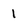
Character: 1